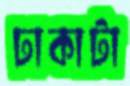
ঢাকাটা